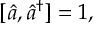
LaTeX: [ \hat { a } , \hat { a } ^ { \dagger } ] = 1 ,